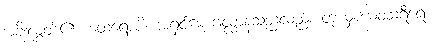
အခိုးလွှတ်၏။ ထေရောပိ၊ အရှင်မောဂ္ဂလ္လာန်သည်လည်း တုယှံယေဝသရီရေ၊